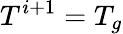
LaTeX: T^{i+1}=T_{g}